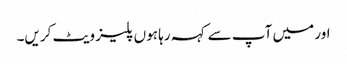
اور میں آپ سے کہہ رہا ہوں پلیز ویٹ کریں۔